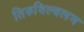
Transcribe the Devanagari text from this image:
तिरुविल्वलम